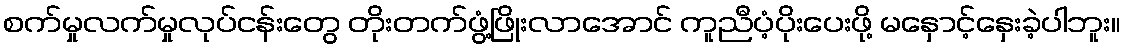
စက်မှုလက်မှုလုပ်ငန်းတွေ တိုးတက်ဖွံ့ဖြိုးလာအောင် ကူညီပံ့ပိုးပေးဖို့ မနှောင့်နှေးခဲ့ပါဘူး။